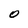
Character: O